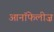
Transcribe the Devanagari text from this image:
आनॉफेलीज़